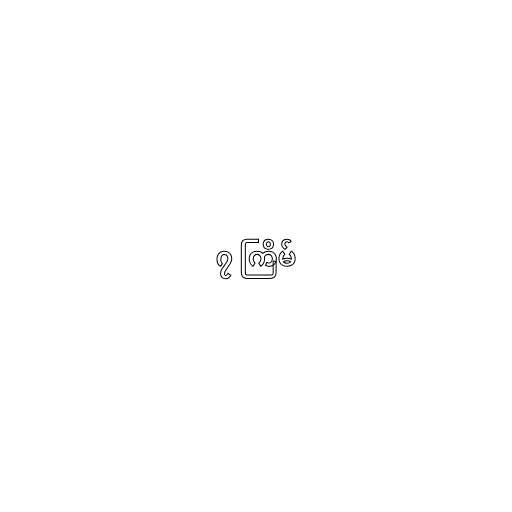
၇ ကြိမ်